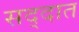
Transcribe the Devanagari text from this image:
सद्दात